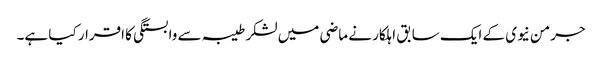
جرمن نیوی کے ایک سابق اہلکار نے ماضی میں لشکر طیبہ سے وابستگی کا اقرار کیا ہے۔